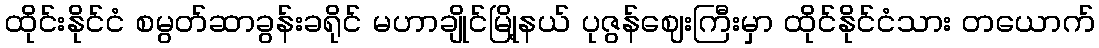
ထိုင်းနိုင်ငံ စမွတ်ဆာခွန်းခရိုင် မဟာချိုင်မြို့နယ် ပုဇွန်ဈေးကြီးမှာ ထိုင်နိုင်ငံသား တယောက်